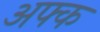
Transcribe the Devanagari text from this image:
अफ्क